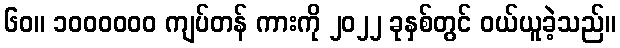
၆၀။ ၁၀၀၀၀၀၀ ကျပ်တန် ကားကို ၂၀၂၂ ခုနှစ်တွင် ဝယ်ယူခဲ့သည်။